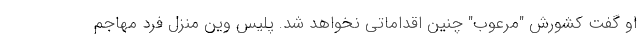
او گفت کشورش "مرعوب" چنین اقداماتی نخواهد شد. پلیس وین منزل فرد مهاجم